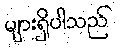
များရှိပါသည်